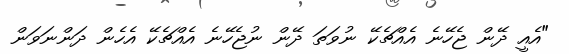
"އެއީ ދޭން ޖެހޭނެ އެއްޗެކޭ ނުވަތަ ދޭން ނުޖެހޭނެ އެއްޗެކޭ އެހެން ދަންނަވަން